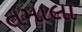
તમાલા